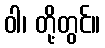
ဝါ၊ တို့တွင်။